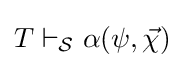
T\vdash _{\mathcal {S}}\alpha (\psi ,{\vec {\chi }})